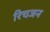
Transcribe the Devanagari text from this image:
रिचजन